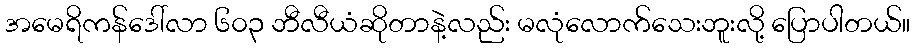
အမေရိကန်ဒေါ်လာ ၆၀၃ ဘီလီယံဆိုတာနဲ့လည်း မလုံလောက်သေးဘူးလို့ ပြောပါတယ်။